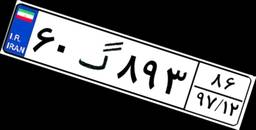
۶۰گ۸۹۳۸۶